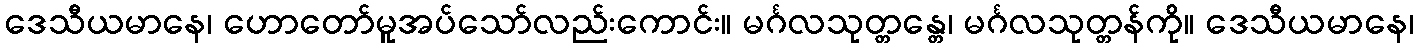
ဒေသီယမာနေ၊ ဟောတော်မူအပ်သော်လည်းကောင်း။ မင်္ဂလသုတ္တန္တေ၊ မင်္ဂလသုတ္တန်ကို။ ဒေသီယမာနေ၊